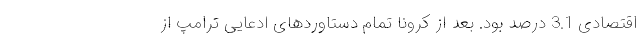
اقتصادی 3.1 درصد بود. بعد از کرونا تمام دستاوردهای ادعایی ترامپ از